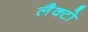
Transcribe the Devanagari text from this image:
लैक्टो